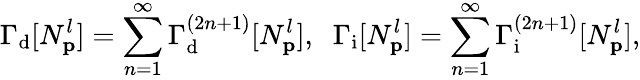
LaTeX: \Gamma_{\mathrm{d}}[N_{\mathbf p}^{l}]=\sum_{n=1}^{\infty}\Gamma_{\mathrm{d}}^{(2n+1)}[N_{\mathbf p}^{l}],\; \; \Gamma_{\mathrm{i}}[N_{\mathbf p}^{l}]=\sum_{n=1}^{\infty}\Gamma_{\mathrm{i}}^{(2n+1)}[N_{\mathbf p}^{l}],